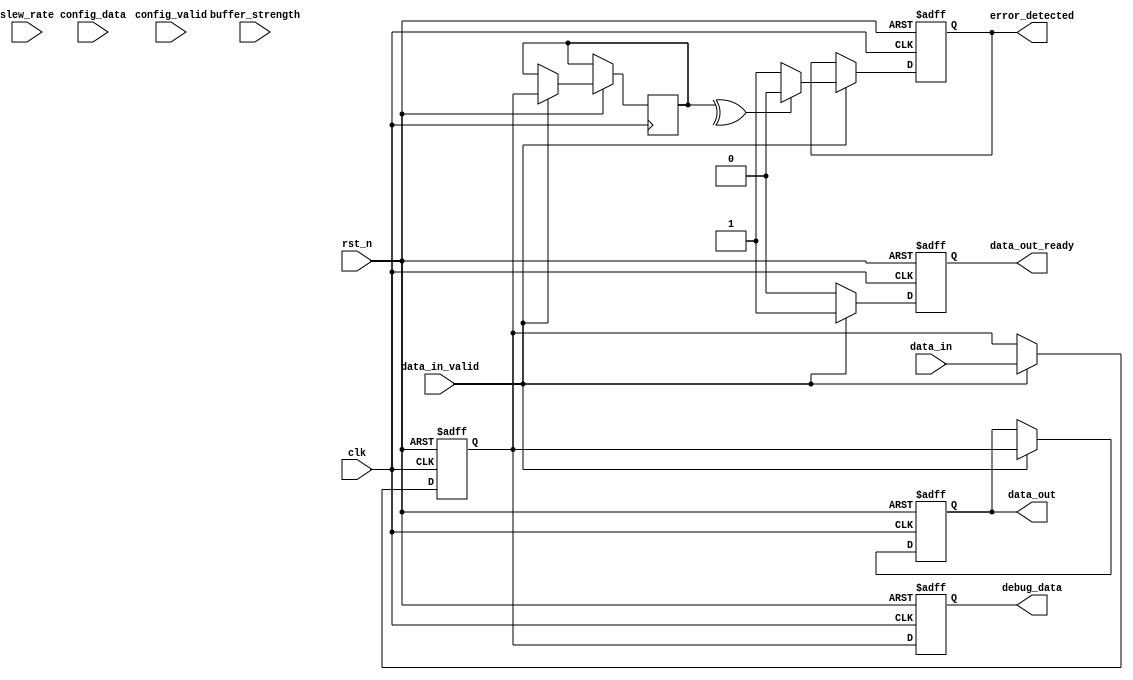
module gddr3_io_block (
    input wire clk,                     // Clock input
    input wire rst_n,                   // Active low reset
    input wire [31:0] data_in,          // 32-bit data input
    output reg [31:0] data_out,         // 32-bit data output
    input wire data_in_valid,           // Data input valid signal
    output reg data_out_ready,          // Data output ready signal
    input wire [1:0] buffer_strength,    // Buffer strength configuration
    input wire [1:0] slew_rate,         // Slew rate control
    output reg error_detected,          // Error detection signal
    input wire [31:0] config_data,      // Configuration data input
    input wire config_valid,             // Configuration valid signal
    output reg [31:0] debug_data        // Debug data output
);

    // Internal registers
    reg [31:0] internal_reg;
    reg [31:0] error_check_reg;
    reg [1:0] current_slew_rate;
    reg [1:0] current_buffer_strength;

    // Reset and Initialization
    always @(posedge clk or negedge rst_n) begin
        if (!rst_n) begin
            data_out <= 32'b0;
            data_out_ready <= 1'b0;
            error_detected <= 1'b0;
            internal_reg <= 32'b0;
            debug_data <= 32'b0;
            current_slew_rate <= 2'b00;
            current_buffer_strength <= 2'b00;
        end else begin
            // Configuration handling
            if (config_valid) begin
                current_buffer_strength <= buffer_strength;
                current_slew_rate <= slew_rate;
            end
            
            // Data input handling
            if (data_in_valid) begin
                internal_reg <= data_in;
                // Simple error detection (parity check)
                error_check_reg <= internal_reg;
                if (^error_check_reg) begin
                    error_detected <= 1'b0; // No error
                end else begin
                    error_detected <= 1'b1; // Error detected
                end
                data_out <= internal_reg; // Pass data to output
                data_out_ready <= 1'b1; // Indicate data is ready
            end else begin
                data_out_ready <= 1'b0; // Data not ready
            end
            
            // Debugging output
            debug_data <= internal_reg; // Output internal register for debugging
        end
    end

    // Slew rate control and buffer strength can be implemented here
    // (This is a placeholder for actual implementation)
    // ...

endmodule